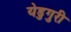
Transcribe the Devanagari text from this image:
येडुगुरी